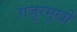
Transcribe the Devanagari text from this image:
गजुरमुखी